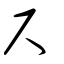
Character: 尺